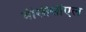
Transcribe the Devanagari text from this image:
बीसीसीएल